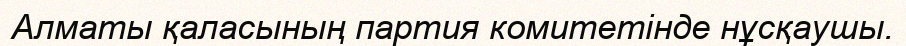
Алматы қаласының партия комитетінде нұсқаушы.